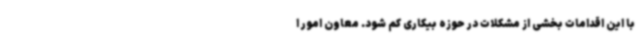
با این اقدامات بخشی از مشکلات در حوزه بیکاری کم شود. معاون امور ا